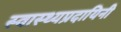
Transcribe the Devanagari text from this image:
स्वास्थ्यप्रदायिनी